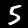
Label: 5